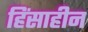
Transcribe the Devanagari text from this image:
हिंसाहीन